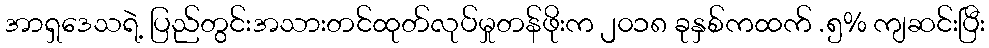
အာရှဒေသရဲ့ ပြည်တွင်းအသားတင်ထုတ်လုပ်မှုတန်ဖိုးက ၂၀၁၈ ခုနှစ်ကထက် .၅% ကျဆင်းပြီး